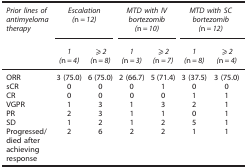
<table><thead><tr><td><b><i>Prior lines of antimyeloma therapy</i></b></td><td colspan="2"><b><i>Escalation (</i>n=<i>12)</i></b></td><td colspan="2"><b><i>MTD with IV bortezomib (</i>n=<i>10)</i></b></td><td colspan="2"><b><i>MTD with SC bortezomib (</i>n=<i>12)</i></b></td></tr><tr><td><b> </b></td><td><b><i>1 (</i>n=<i>4)</i></b></td><td><b><i>⩾2 (</i>n=<i>8)</i></b></td><td><b><i>1 (</i>n=<i>3)</i></b></td><td><b><i>⩾2 (</i>n=<i>7)</i></b></td><td><b><i>1 (</i>n=<i>8)</i></b></td><td><b><i>⩾2 (</i>n=<i>4)</i></b></td></tr></thead><tbody><tr><td>ORR</td><td>3 (75.0)</td><td>6 (75.0)</td><td>2 (66.7)</td><td>5 (71.4)</td><td>3 (37.5)</td><td>3 (75.0)</td></tr><tr><td>sCR</td><td>0</td><td>0</td><td>0</td><td>1</td><td>0</td><td>0</td></tr><tr><td>CR</td><td>0</td><td>0</td><td>0</td><td>0</td><td>1</td><td>1</td></tr><tr><td>VGPR</td><td>1</td><td>3</td><td>1</td><td>3</td><td>2</td><td>1</td></tr><tr><td>PR</td><td>2</td><td>3</td><td>1</td><td>1</td><td>0</td><td>1</td></tr><tr><td>SD</td><td>1</td><td>2</td><td>1</td><td>2</td><td>5</td><td>1</td></tr><tr><td>Progressed/died after achieving response</td><td>2</td><td>6</td><td>2</td><td>2</td><td>1</td><td>1</td></tr></tbody></table>